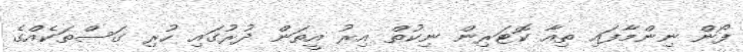
ފޯން ނިންމާފައި ތިއާ ކޮޓަރިން ނިކުތް އިރު އީތަން ދުރުގައި ހުރި ގަސްތަކެއްގެ